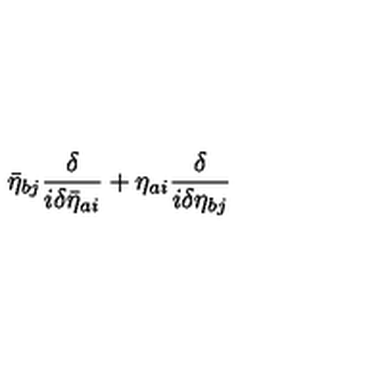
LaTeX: \bar { \eta } _ { b j } \frac { \delta } { i \delta \bar { \eta } _ { a i } } + \eta _ { a i } \frac { \delta } { i \delta \eta _ { b j } }